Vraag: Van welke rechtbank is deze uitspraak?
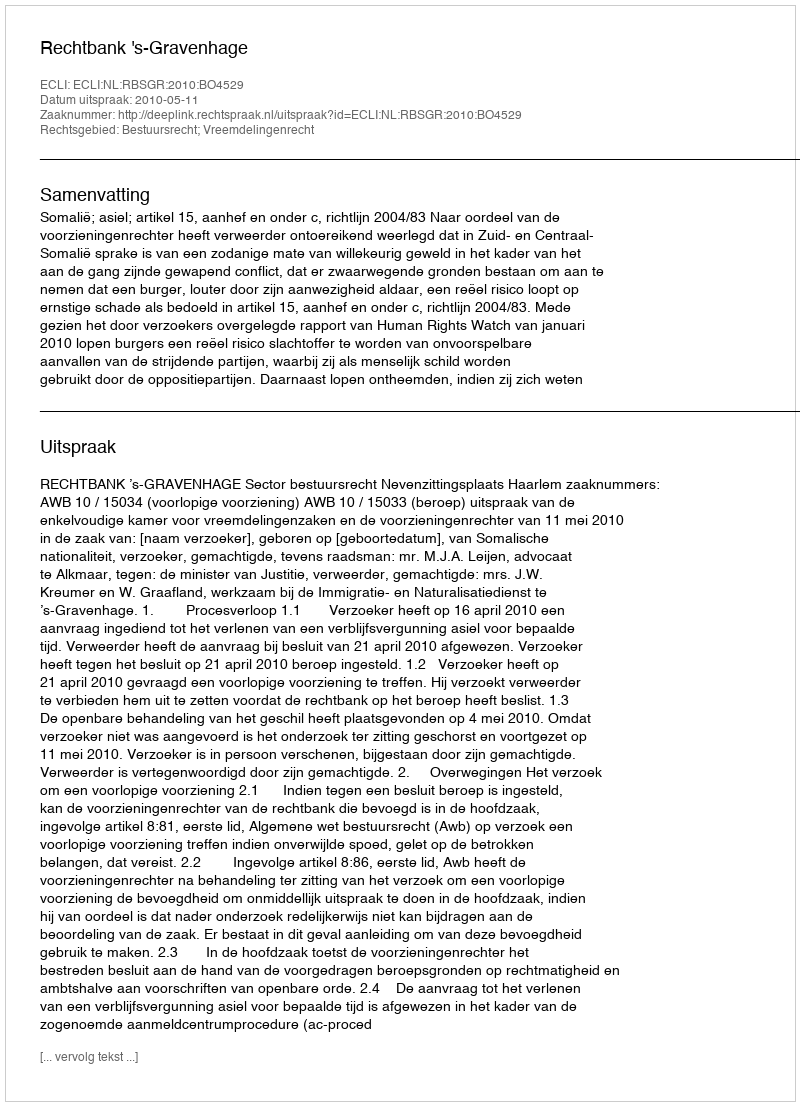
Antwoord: Rechtbank 's-Gravenhage